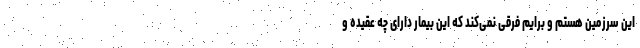
این سرزمین هستم و برایم فرقی نمی‌کند که این بیمار دارای چه عقیده و